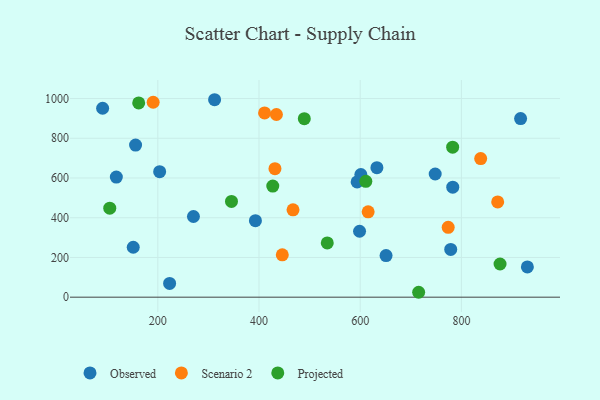
{"axis": {"x": "Investment", "y": "Fuel Efficiency"}, "legend": ["Observed", "Projected", "Scenario 2"], "data": [{"x": "917.0", "y": 899.2, "type": "Observed"}, {"x": "930.4", "y": 152.5, "type": "Observed"}, {"x": "118.0", "y": 604.6, "type": "Observed"}, {"x": "748.2", "y": 620.1, "type": "Observed"}, {"x": "593.9", "y": 580.5, "type": "Observed"}, {"x": "270.4", "y": 406.3, "type": "Observed"}, {"x": "598.7", "y": 331.9, "type": "Observed"}, {"x": "312.2", "y": 994.1, "type": "Observed"}, {"x": "392.9", "y": 385.1, "type": "Observed"}, {"x": "156.0", "y": 765.8, "type": "Observed"}, {"x": "601.3", "y": 617.7, "type": "Observed"}, {"x": "633.0", "y": 652.2, "type": "Observed"}, {"x": "90.9", "y": 951.3, "type": "Observed"}, {"x": "223.3", "y": 69.2, "type": "Observed"}, {"x": "778.9", "y": 240.2, "type": "Observed"}, {"x": "782.9", "y": 554.0, "type": "Observed"}, {"x": "151.4", "y": 251.3, "type": "Observed"}, {"x": "651.1", "y": 209.4, "type": "Observed"}, {"x": "203.6", "y": 631.9, "type": "Observed"}, {"x": "190.8", "y": 981.5, "type": "Scenario 2"}, {"x": "615.7", "y": 429.8, "type": "Scenario 2"}, {"x": "431.5", "y": 647.2, "type": "Scenario 2"}, {"x": "838.1", "y": 698.0, "type": "Scenario 2"}, {"x": "434.4", "y": 919.7, "type": "Scenario 2"}, {"x": "446.0", "y": 213.2, "type": "Scenario 2"}, {"x": "411.0", "y": 927.4, "type": "Scenario 2"}, {"x": "773.9", "y": 351.7, "type": "Scenario 2"}, {"x": "871.7", "y": 479.6, "type": "Scenario 2"}, {"x": "467.2", "y": 439.8, "type": "Scenario 2"}, {"x": "489.5", "y": 898.7, "type": "Projected"}, {"x": "162.2", "y": 978.0, "type": "Projected"}, {"x": "876.4", "y": 167.0, "type": "Projected"}, {"x": "105.0", "y": 448.2, "type": "Projected"}, {"x": "611.1", "y": 583.4, "type": "Projected"}, {"x": "534.9", "y": 273.3, "type": "Projected"}, {"x": "345.6", "y": 481.9, "type": "Projected"}, {"x": "782.7", "y": 755.4, "type": "Projected"}, {"x": "715.5", "y": 24.7, "type": "Projected"}, {"x": "427.2", "y": 559.4, "type": "Projected"}]}